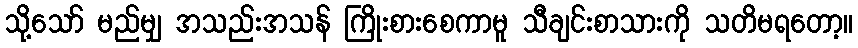
သို့သော် မည်မျှ အသည်းအသန် ကြိုးစားစေကာမူ သီချင်းစာသားကို သတိမရတော့။